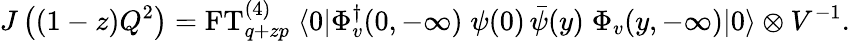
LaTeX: J\left((1-z)Q^{2}\right)=\mathrm{FT}_{q+zp}^{(4)}\; \langle 0|\Phi_{v}^{\dagger}(0,-\infty)\; \psi(0)\, \bar{\psi}(y)\; \Phi_{v}(y,-\infty)|0\rangle\otimes V^{-1}.